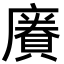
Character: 𪪥